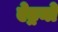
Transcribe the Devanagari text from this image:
ऐड्रनो